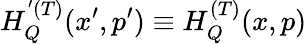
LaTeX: H_{Q}^{'(T)}(x^{\prime},p^{\prime})\equiv H_{Q}^{(T)}(x,p)